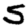
Digit: 5